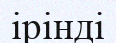
ірінді